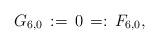
LaTeX: \begin{align*}G_{6,0}\,:=\,0\,=:\,F_{6,0},\end{align*}